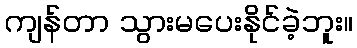
ကျန်တာ သွားမပေးနိုင်ခဲ့ဘူး။